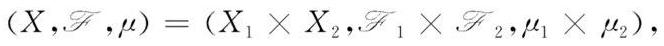
$(X,\mathscr{F},\mu)=(X_1\times X_2,\mathscr{F}_1\times \mathscr{F}_2,\mu_1\times \mu_2),$